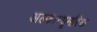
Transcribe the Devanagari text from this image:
अल्फान्यूमरिक